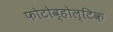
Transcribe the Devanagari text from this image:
फोटोव्होल्टिक